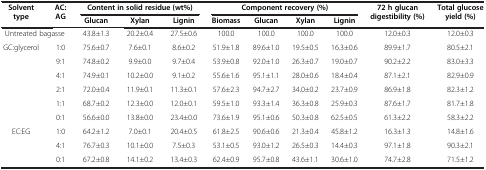
<table><thead><tr><td rowspan="2"><b>Solvent type</b></td><td rowspan="2"><b>AC:AG</b></td><td colspan="3"><b>Content in solid residue (wt%)</b></td><td colspan="4"><b>Component recovery (%)</b></td><td rowspan="2"><b>72 h glucan digestibility (%)</b></td><td rowspan="2"><b>Total glucose yield (%)</b></td></tr><tr><td><b>Glucan</b></td><td><b>Xylan</b></td><td><b>Lignin</b></td><td><b>Biomass</b></td><td><b>Glucan</b></td><td><b>Xylan</b></td><td><b>Lignin</b></td></tr></thead><tbody><tr><td colspan="2">Untreated bagasse</td><td>43.8±1.3</td><td>20.2±0.4</td><td>27.5±0.6</td><td>100.0</td><td>100.0</td><td>100.0</td><td>100.0</td><td>12.0±0.3</td><td>12.0±0.3</td></tr><tr><td rowspan="6">GC:glycerol</td><td>1:0</td><td>75.6±0.7</td><td>7.6±0.1</td><td>8.6±0.2</td><td>51.9±1.8</td><td>89.6±1.0</td><td>19.5±0.5</td><td>16.3±0.6</td><td>89.9±1.7</td><td>80.5±2.1</td></tr><tr><td>9:1</td><td>74.8±0.2</td><td>9.9±0.0</td><td>9.7±0.4</td><td>53.9±0.8</td><td>92.0±1.0</td><td>26.3±0.7</td><td>19.0±0.7</td><td>90.2±2.2</td><td>83.0±3.3</td></tr><tr><td>4:1</td><td>74.9±0.1</td><td>10.2±0.0</td><td>9.1±0.2</td><td>55.6±1.6</td><td>95.1±1.1</td><td>28.0±0.6</td><td>18.4±0.4</td><td>87.1±2.1</td><td>82.9±0.9</td></tr><tr><td>2:1</td><td>72.0±0.4</td><td>11.9±0.1</td><td>11.3±0.1</td><td>57.6±2.3</td><td>94.7±2.7</td><td>34.0±0.2</td><td>23.7±0.9</td><td>86.9±1.8</td><td>82.3±1.2</td></tr><tr><td>1:1</td><td>68.7±0.2</td><td>12.3±0.0</td><td>12.0±0.1</td><td>59.5±1.0</td><td>93.3±1.4</td><td>36.3±0.8</td><td>25.9±0.3</td><td>87.6±1.7</td><td>81.7±1.8</td></tr><tr><td>0:1</td><td>56.6±0.0</td><td>13.8±0.0</td><td>23.4±0.0</td><td>73.6±1.9</td><td>95.1±0.6</td><td>50.3±0.8</td><td>62.5±0.5</td><td>61.3±2.2</td><td>58.3±2.2</td></tr><tr><td rowspan="3">EC:EG</td><td>1:0</td><td>64.2±1.2</td><td>7.0±0.1</td><td>20.4±0.5</td><td>61.8±2.5</td><td>90.6±0.6</td><td>21.3±0.4</td><td>45.8±1.2</td><td>16.3±1.3</td><td>14.8±1.6</td></tr><tr><td>4:1</td><td>76.7±0.3</td><td>10.1±0.0</td><td>7.5±0.3</td><td>53.1±0.5</td><td>93.0±1.2</td><td>26.5±0.3</td><td>14.4±0.3</td><td>97.1±1.8</td><td>90.3±2.1</td></tr><tr><td>0:1</td><td>67.2±0.8</td><td>14.1±0.2</td><td>13.4±0.3</td><td>62.4±0.9</td><td>95.7±0.8</td><td>43.6±1.1</td><td>30.6±1.0</td><td>74.7±2.8</td><td>71.5±1.2</td></tr></tbody></table>